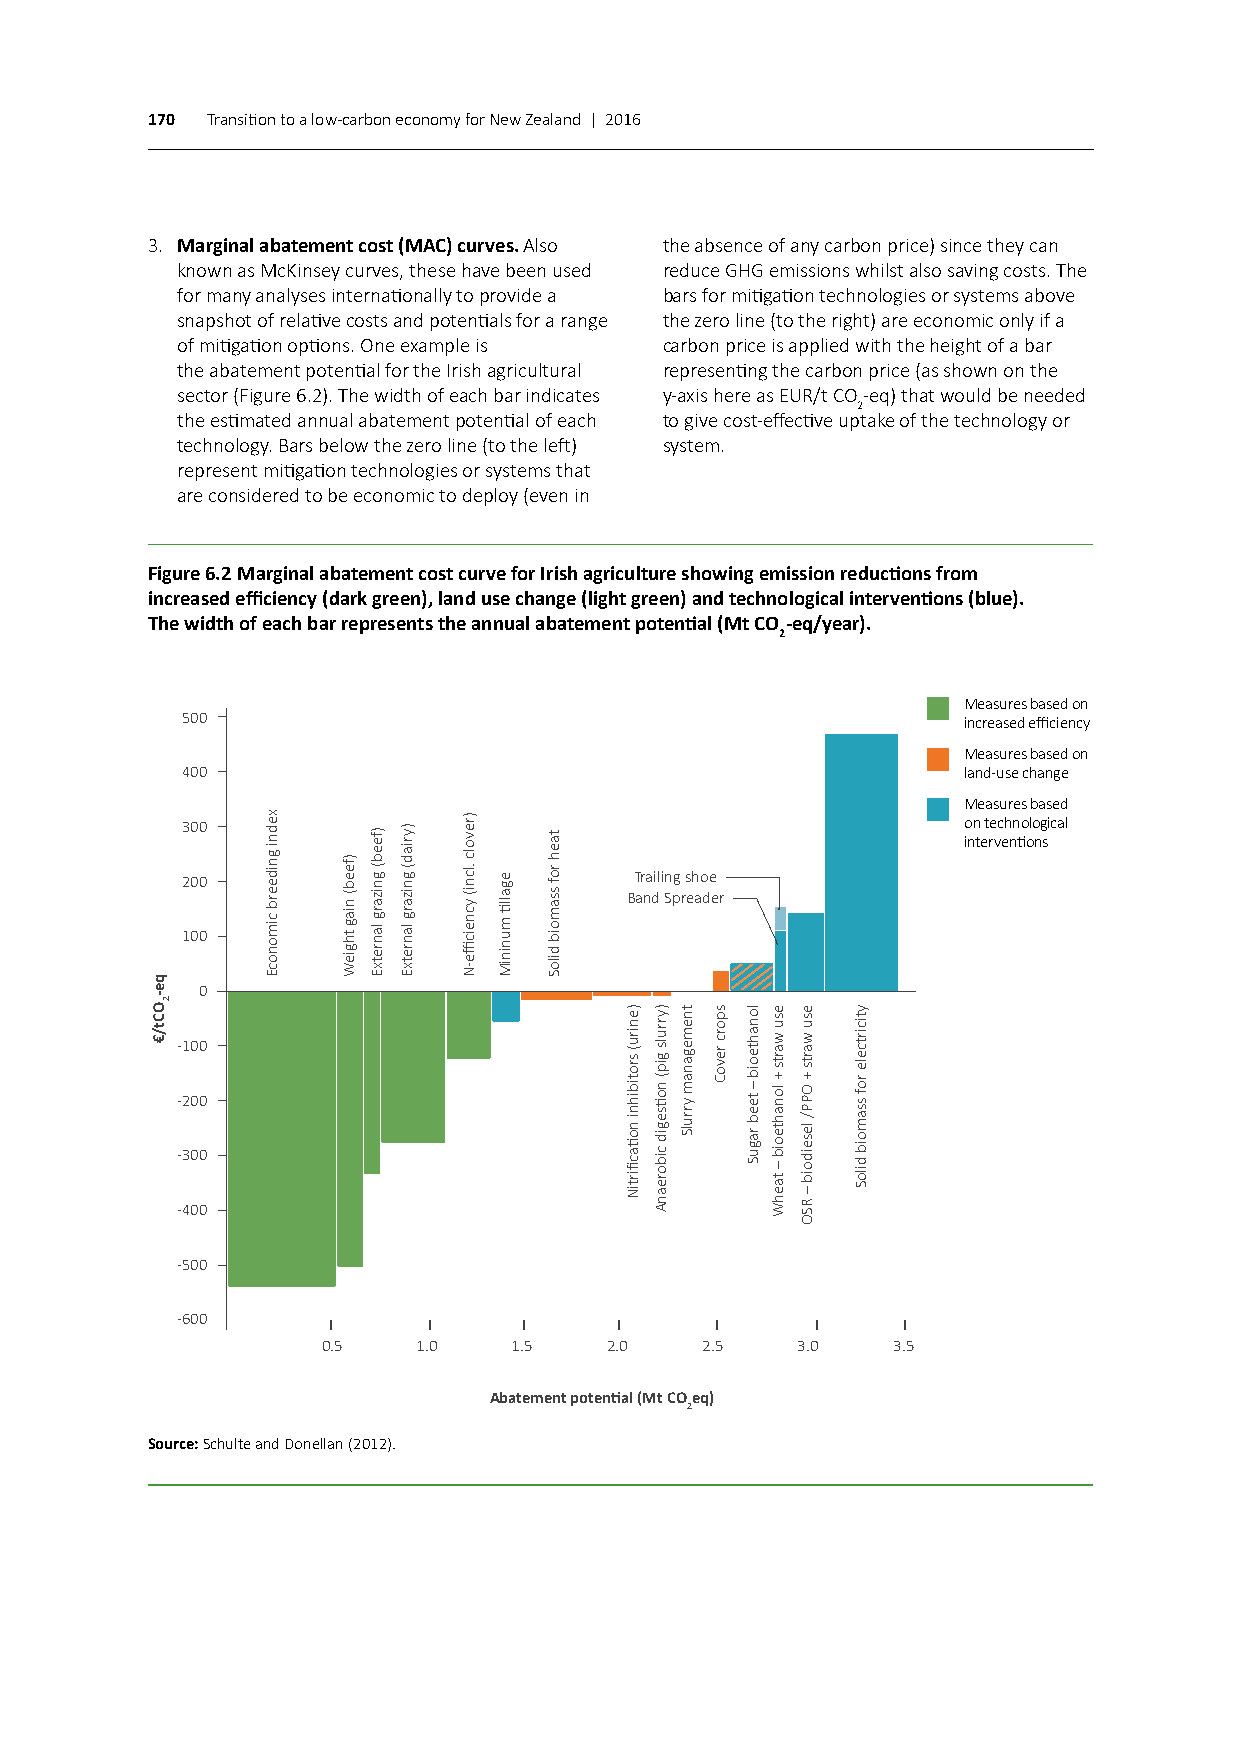
170 Transition to a low-carbon economy for New Zealand | 2016
 3. Marginal abatement cost (MAC) curves. Also the absence of any carbon price) since they can
 known as McKinsey curves, these have been used reduce GHG emissions whilst also saving costs. The
 for many analyses internationally to provide a bars for mitigation technologies or systems above
 snapshot of relative costs and potentials for a range the zero line (to the right) are economic only if a
 of mitigation options. One example is carbon price is applied with the height of a bar
 the abatement potential for the Irish agricultural representing the carbon price (as shown on the
 sector (Figure 6.2). The width of each bar indicates y-axis here as EUR/t CO-eq) that would be needed
 2
 the estimated annual abatement potential of each to give cost-effective uptake of the technology or
 technology. Bars below the zero line (to the left) system.
 represent mitigation technologies or systems that
 are considered to be economic to deploy (even in
 Figure 6.2 Marginal abatement cost curve for Irish agriculture showing emission reductions from
 increased efficiency (dark green), land use change (light green) and technological interventions (blue).
 The width of each bar represents the annual abatement potential (Mt CO-eq/year).
 2
 Measures based on
 500                                                 increased efficiency
 Measures based on
 400                                                 land-use change
 Measures based
 300                                                 on technological interventions
 200                           Trailing shoe
 Band Spreader
 100
 0
 -100
 -200
 -300
 -400
 -500
 -600
 0.5    1.0   1.5   2.0   2.5    3.0   3.5
 Abatement potential (Mt COeq)
 2
 Source: Schulte and Donellan (2012).
 qe-OCt/€
 2
 xedni
 gnideerb
 cimonocE
 )feeb(
 niag
 thgieW
 )feeb(
 gnizarg
 lanretxE
 )yriad(
 gnizarg
 lanretxE
 )revolc
 .lcni(
 ycneicffie-N
 egallti
 muniniM
 taeh
 rof
 ssamoib
 diloS
 )eniru(
 srotibihni
 notiacfiirtiN
 )yrruls
 gip(
 notisegid
 ciboreanA
 tnemeganam
 yrrulS
 sporc
 revoC
 lonahteoib
 –
 teeb
 raguS
 esu
 warts
 + lonahteoib
 –
 taehW
 esu
 warts
 + OPP/
 leseidoib
 –
 RSO
 yticirtcele
 rof
 ssamoib
 diloS